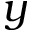
y